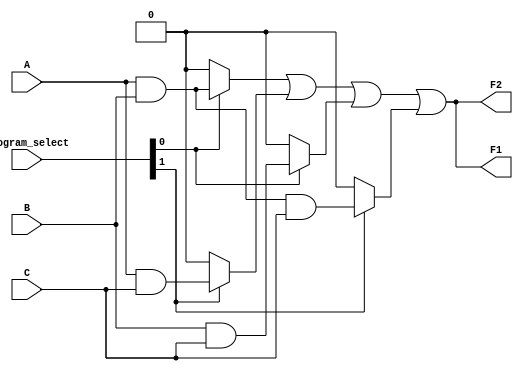
module masked_pal (
    input wire A,
    input wire B,
    input wire C,
    input wire [1:0] program_select, // Selects which AND outputs to connect to OR outputs
    output wire F1,
    output wire F2
);

// Fixed AND array (3 inputs, 4 product terms)
wire P1, P2, P3, P4;

// AND gate implementations
assign P1 = A & B;         // Product term 1: A AND B
assign P2 = A & C;         // Product term 2: A AND C
assign P3 = B & C;         // Product term 3: B AND C
assign P4 = A & B & C;     // Product term 4: A AND B AND C

// Programmable OR array
assign F1 = (program_select[0] ? P1 : 1'b0) |
            (program_select[1] ? P2 : 1'b0) |
            (program_select[0] ? P3 : 1'b0) |
            (program_select[1] ? P4 : 1'b0);

assign F2 = (program_select[0] ? P1 : 1'b0) |
            (program_select[1] ? P2 : 1'b0) |
            (program_select[0] ? P3 : 1'b0) |
            (program_select[1] ? P4 : 1'b0);

endmodule